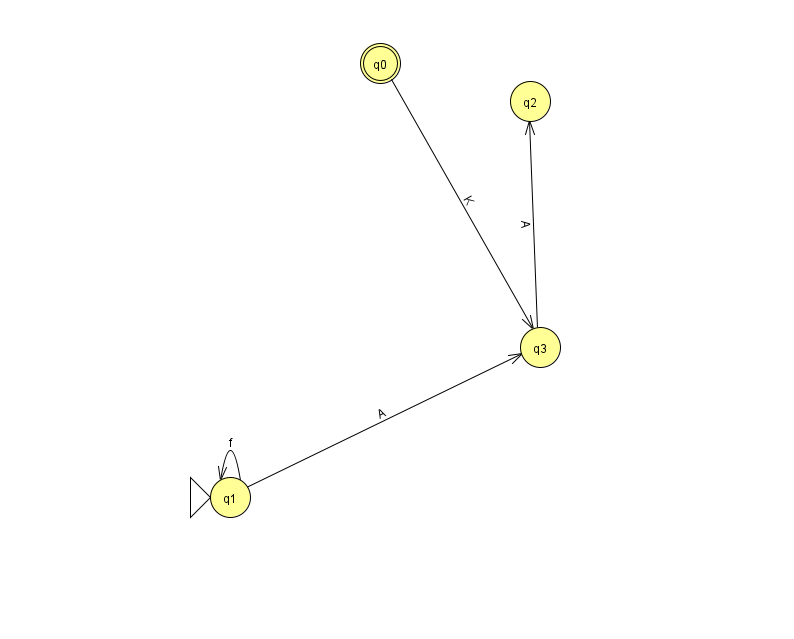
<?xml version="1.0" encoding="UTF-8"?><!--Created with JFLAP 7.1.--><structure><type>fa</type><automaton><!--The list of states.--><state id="0" name="q0"><x>380.0</x><y>50.0</y><final/></state><state id="1" name="q1"><x>230.0</x><y>484.0</y><initial/></state><state id="2" name="q2"><x>530.0</x><y>88.0</y></state><state id="3" name="q3"><x>540.0</x><y>334.0</y></state><!--The list of transitions.--><transition><from>1</from><to>1</to><read>f</read></transition><transition><from>3</from><to>2</to><read>A</read></transition><transition><from>1</from><to>3</to><read>A</read></transition><transition><from>0</from><to>3</to><read>K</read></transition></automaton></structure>